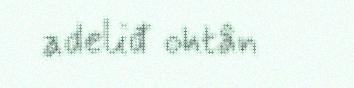
adeliđ ohtân